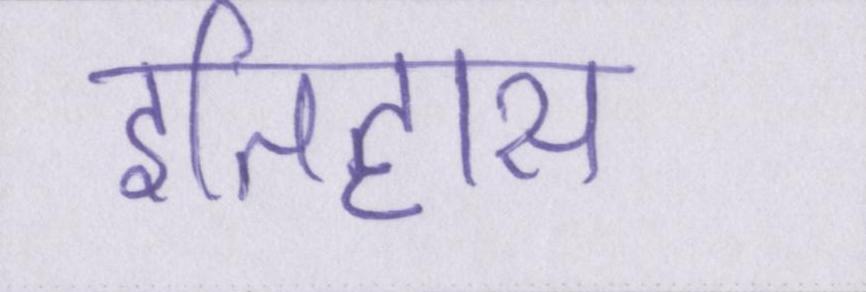
इतिहास